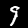
Label: 9